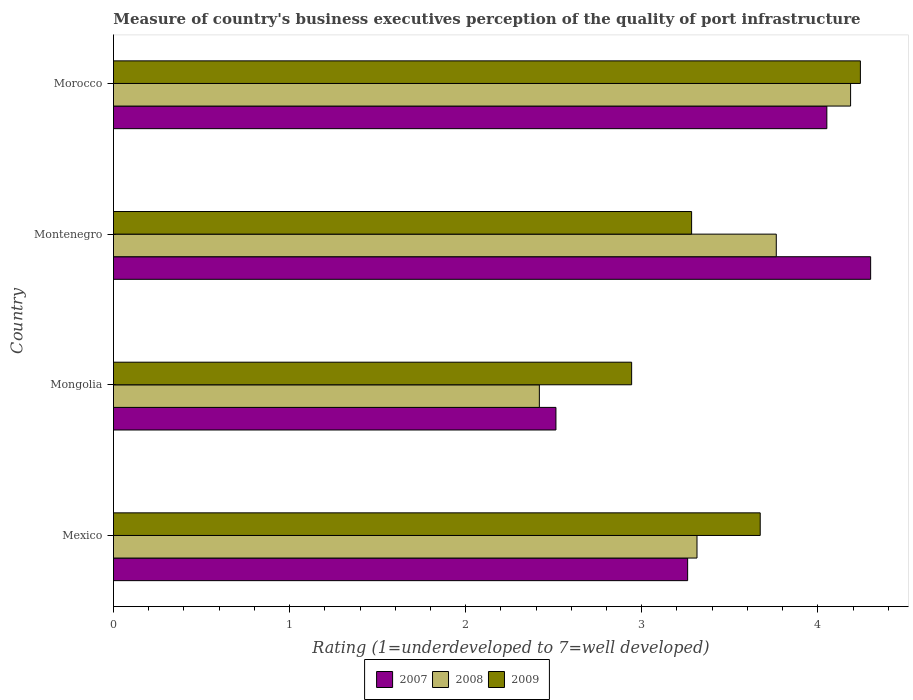
| Country | 2007 | 2008 | 2009 |
 | --- | --- | --- | --- |
 | Mexico | 3.26 | 3.31 | 3.67 |
 | Mongolia | 2.51 | 2.42 | 2.94 |
 | Montenegro | 4.3 | 3.76 | 3.28 |
 | Morocco | 4.05 | 4.19 | 4.24 |